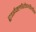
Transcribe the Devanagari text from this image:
ट्राईक्लोरोइथीलीन